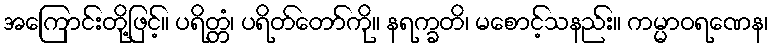
အကြောင်းတို့ဖြင့်။ ပရိတ္တံ၊ ပရိတ်တော်ကို။ နရက္ခတိ၊ မစောင့်သနည်း။ ကမ္မာဝရဏေန၊